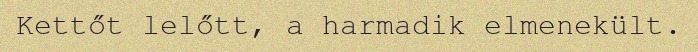
Kettőt lelőtt, a harmadik elmenekült.